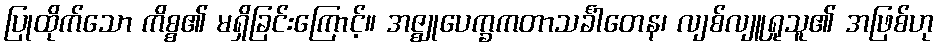
ပြုထိုက်သော ကိစ္စ၏ မရှိခြင်းကြောင့်။ အဇ္ဈုပေက္ခကတာသင်္ခါတေန၊ လျစ်လျူရှုသူ၏ အဖြစ်ဟု